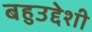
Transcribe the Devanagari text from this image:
बहुउद्देशी